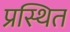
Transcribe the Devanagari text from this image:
प्रस्थित